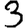
Digit: 3